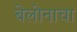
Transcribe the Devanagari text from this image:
बेलोनाचा